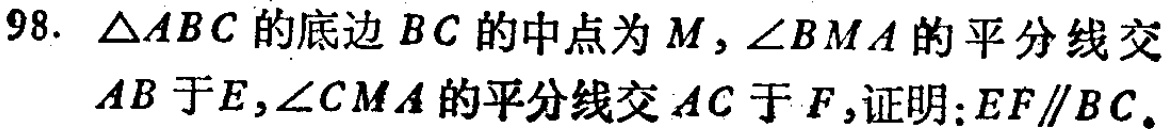
98. $\triangle ABC$的底边$BC$的中点为$M$，$\angle BMA$的平分线交$AB$于$E$，$\angle CMA$的平分线交$AC$于$F$，证明：$EF\parallel BC$。